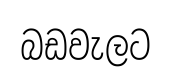
බඩවැලට